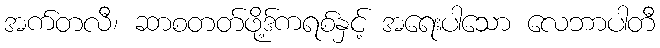
အက်တလီ၊ ဆာစတတ်ဖို့ဒ်ကရစ်နှင့် အရေးပါသော လေဘာပါတီ